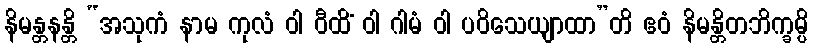
နိမန္တနန္တိ “အသုကံ နာမ ကုလံ ဝါ ဝီထိံ ဝါ ဂါမံ ဝါ ပဝိသေယျာထာ”တိ ဧဝံ နိမန္တိတဘိက္ခမ္ပိ